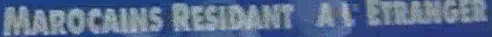
MAROCAINS RESIDANT A S'